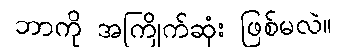
ဘာကို အကြိုက်ဆုံး ဖြစ်မလဲ။